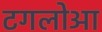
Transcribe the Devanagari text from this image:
टगलोआ